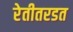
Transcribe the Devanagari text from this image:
रेतीतरडत